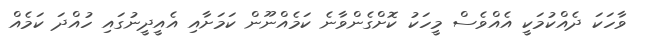
ވާހަކަ ދެއްކުމަކީ އެއްވެސް މީހަކު ކޮށްގެންވާނެ ކަމެއްނޫން ކަމަށާއި އެއީދީނުގައި ހުއްދަ ކަމެއް